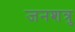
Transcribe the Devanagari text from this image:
जनशत्रु